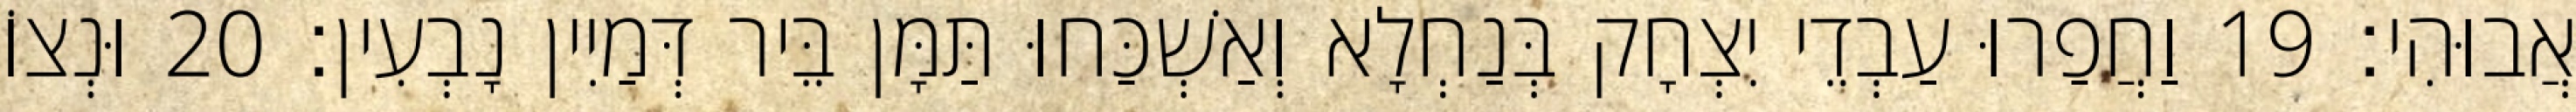
אֲבוּהִי׃ 19 וַחֲפַרוּ עַבְדֵי יִצְחָק בְּנַחְלָא וְאַשְׁכַּחוּ תַּמָּן בֵּיר דְּמַיִין נָבְעִין׃ 20 וּנְצוֹ